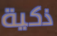
ذكية